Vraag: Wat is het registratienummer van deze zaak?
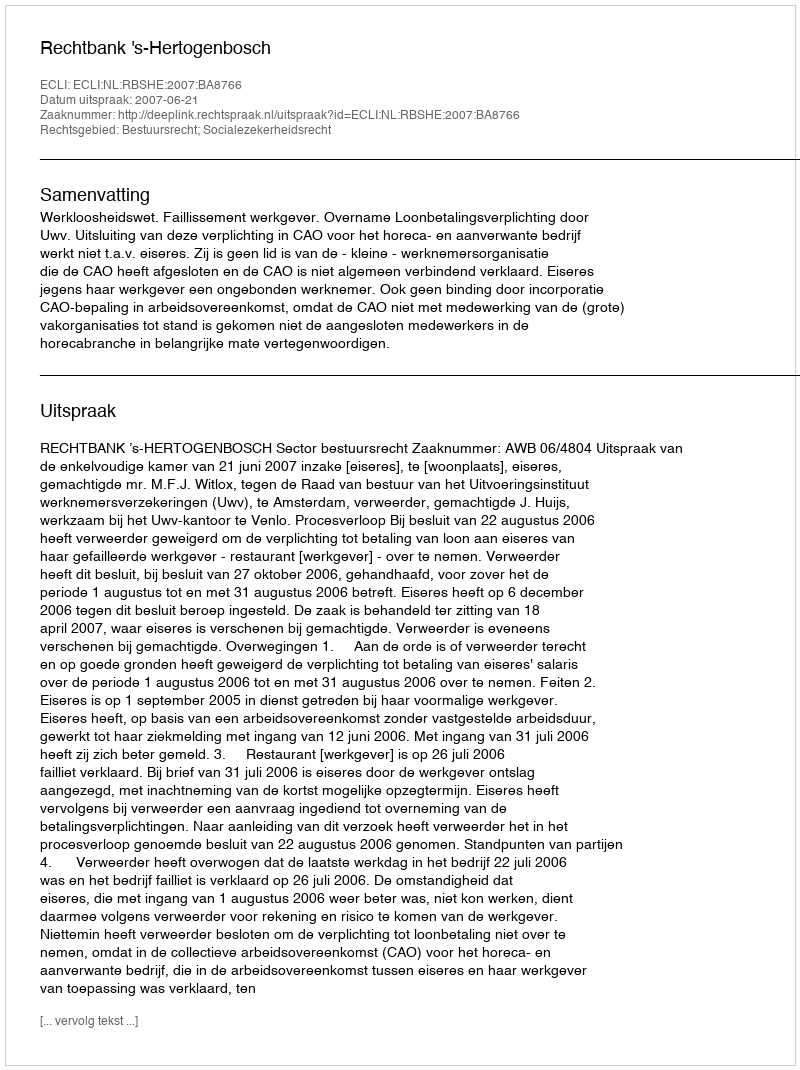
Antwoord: http://deeplink.rechtspraak.nl/uitspraak?id=ECLI:NL:RBSHE:2007:BA8766